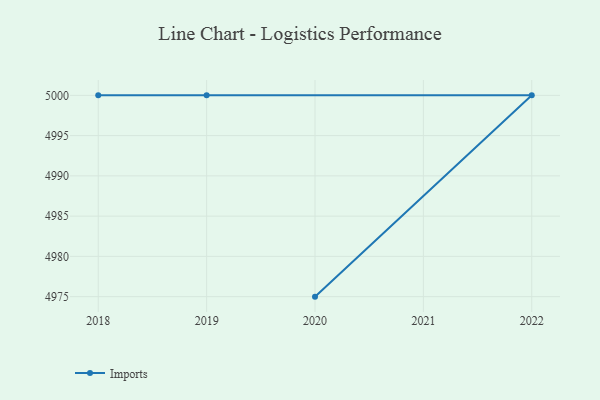
{"axis": {"x": "Year", "y": "Energy Usage (MWh)"}, "legend": ["Imports"], "data": [{"x": "2020", "y": 4975.0, "type": "Imports"}, {"x": "2022", "y": 5000, "type": "Imports"}, {"x": "2018", "y": 5000, "type": "Imports"}, {"x": "2019", "y": 5000, "type": "Imports"}]}